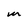
Character: m